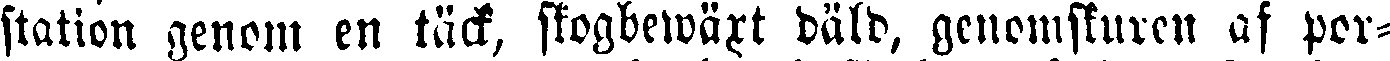
station genom en täck, skogbewärt däld, genomskuren af por-